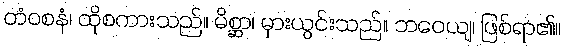
တံဝစနံ၊ ထိုစကားသည်။ မိစ္ဆာ၊ မှားယွင်းသည်။ ဘဝေယျ၊ ဖြစ်ရာ၏။